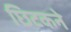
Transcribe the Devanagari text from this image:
छिटकने